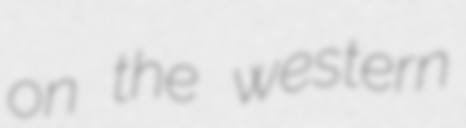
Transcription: on the western